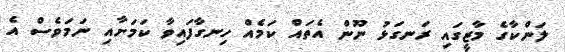
ލަންކާގެ މާޒީގައި ރަނގަޅު ނޫން އެތައް ކަމެއް ހިނގާފައިވާ ކަމަށާއި ނަމަވެސް އެ